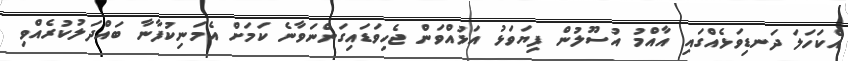
އެކަހަލަ ދަނޑިވަޅެއްގައި އާއްމު އުސޫލުން ފިޔަވަޅު އަޅުއްވަން ޖެހިވަޑައިގަންނަވާނެ ކަމަށް އެމަނިކުފާނާ ބައްދަލުކުރެއްވި